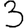
Digit: 3